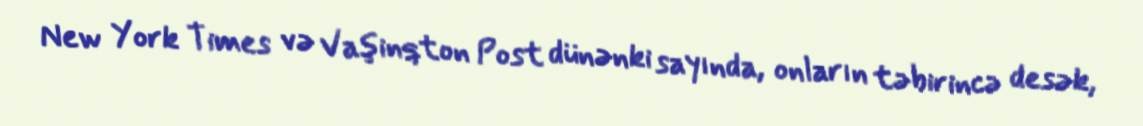
New York Times və Vaşinqton Post dünənki sayında, onların təbirincə desək,